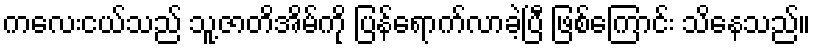
ကလေးငယ်သည် သူ့ဇာတိအိမ်ကို ပြန်ရောက်လာခဲ့ပြီ ဖြစ်ကြောင်း သိနေသည်။